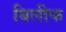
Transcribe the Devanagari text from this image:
बिलीफ